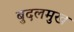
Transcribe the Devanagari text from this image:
बुदलमुख